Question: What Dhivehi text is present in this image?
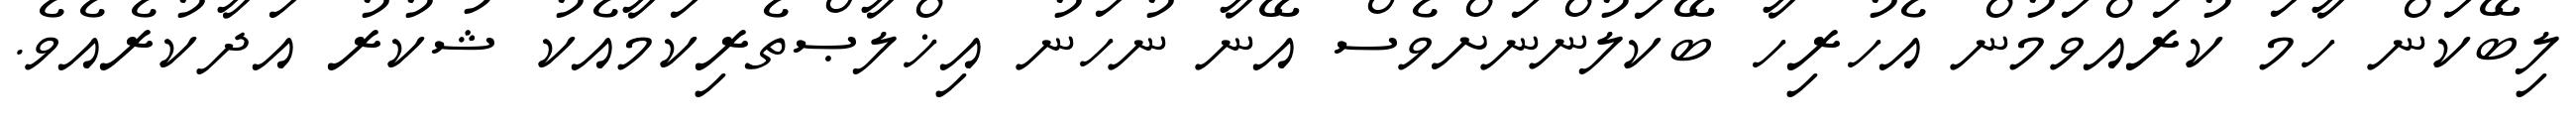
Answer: ލިބޭކަން ހާމަ ކުރައްވަމުން އެހުރިހާ ބޭކަލުންނަށްވެސް އޭނާ ނުހަނު އިޚްލާޞްތެރިކަމާއެކު ޝުކުރު އަދާކުރެއެވެ.